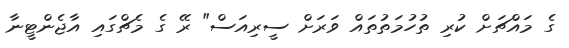
ގެ މައްޗަށް ކުރި ތުހުމަތުތައް ވަރަށް ސީރިއަސް" ރޭ ގެ މެޗްގައި އާޖެންޓީނާ